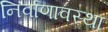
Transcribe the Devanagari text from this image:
निर्वाणावस्था